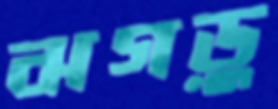
ঝগড়ু